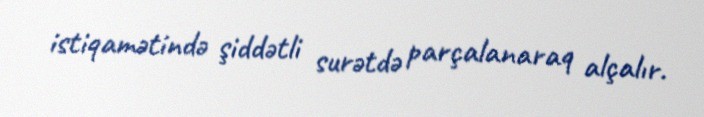
istiqamətində şiddətli surətdə parçalanaraq alçalır.